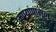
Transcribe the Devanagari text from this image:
मण्यांपासून